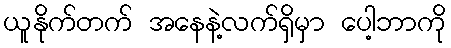
ယူနိုက်တက် အနေနဲ့လက်ရှိမှာ ပေါ့ဘာကို